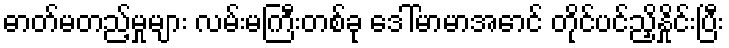
ဓာတ်မတည့်မှုများ လမ်းမကြီးတစ်ခု ဒေါ်မာမာအောင် တိုင်ပင်ညှိနှိုင်းပြီး